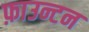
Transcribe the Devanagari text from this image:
फ़ाउन्टन